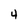
Character: 4